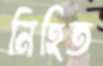
নিহিত